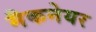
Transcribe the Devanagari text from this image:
मैकनेयर